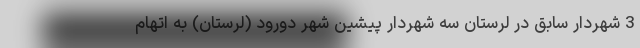
3 شهردار سابق در لرستان سه شهردار پیشین شهر دورود (لرستان) به اتهام